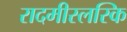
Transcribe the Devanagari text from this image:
रादमीस्लस्कि